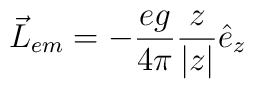
\vec{L}_{em}=-\frac{eg}{4\pi}\frac{z}{|z|}\hat{e}_{z}